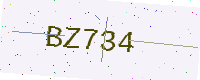
Text: BZ734